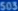
5039546